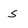
Character: S